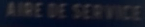
AIRE DE SERVICIO